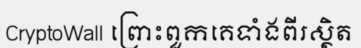
CryptoWall ព្រោះពួកគេទាំងពីរស្ថិត